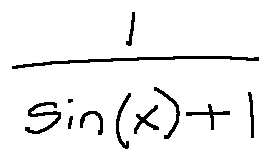
\frac { 1 } { \sin ( x ) + 1 }